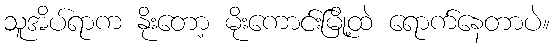
သူအိပ်ရာက နိုးတော့ မိုးကောင်းမြို့ထဲ ရောက်နေတာပဲ။